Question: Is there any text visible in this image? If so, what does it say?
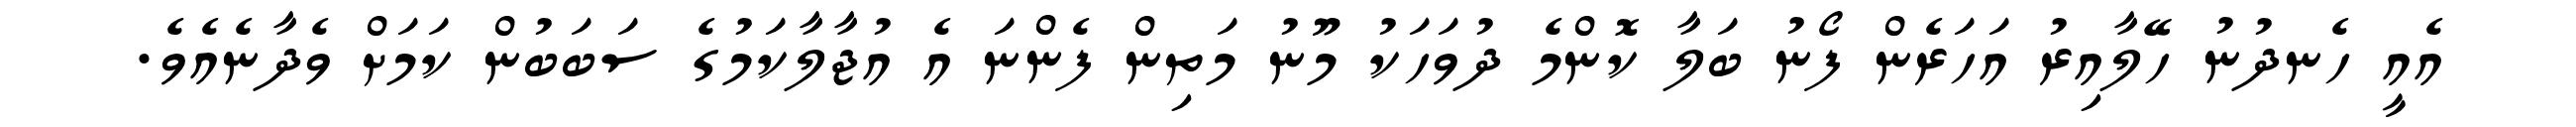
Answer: އެއީ ހެނދުނު ހޭލާއިރު އަހަރެން ފޯނު ބަލާ ކޮންމެ ދުވަހަކު މޫނު މަތިން ފެންނަ އެ އުޖާލާކަމުގެ ސަބަބުން ކަމަށް ވެދާނެއެވެ.